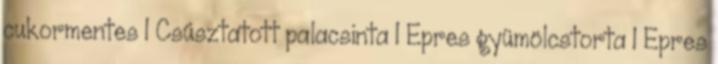
cukormentes 1 Csúsztatott palacsinta 1 Epres gyümölcstorta 1 Epres